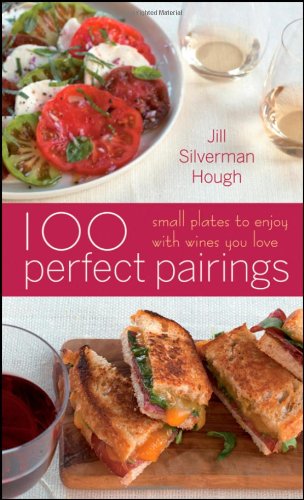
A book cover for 100 Perfect Pairings: Small Plates to Serve with Wines You Love; Jill Silverman Hough; Cookbooks, Food & Wine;